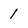
Character: 1